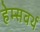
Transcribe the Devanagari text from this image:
हेम्सवर्थ